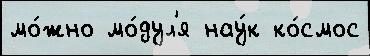
мо́жно мо́дул'я нау́к ко́смос